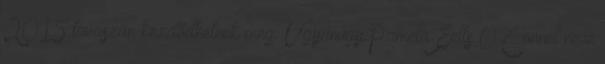
2015 tavaszán kezdődhetnek meg. Ugyanúgy Pamela Eells O’Connel neve